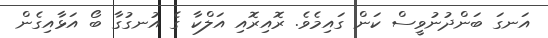
އަނގަ ބަންދުނުވީސް ކަން ގައިމެވެ. ރޮއިރޮއި އަލްކާ ގެ އުނގުގާ ބޯ އަޅާއިގެން